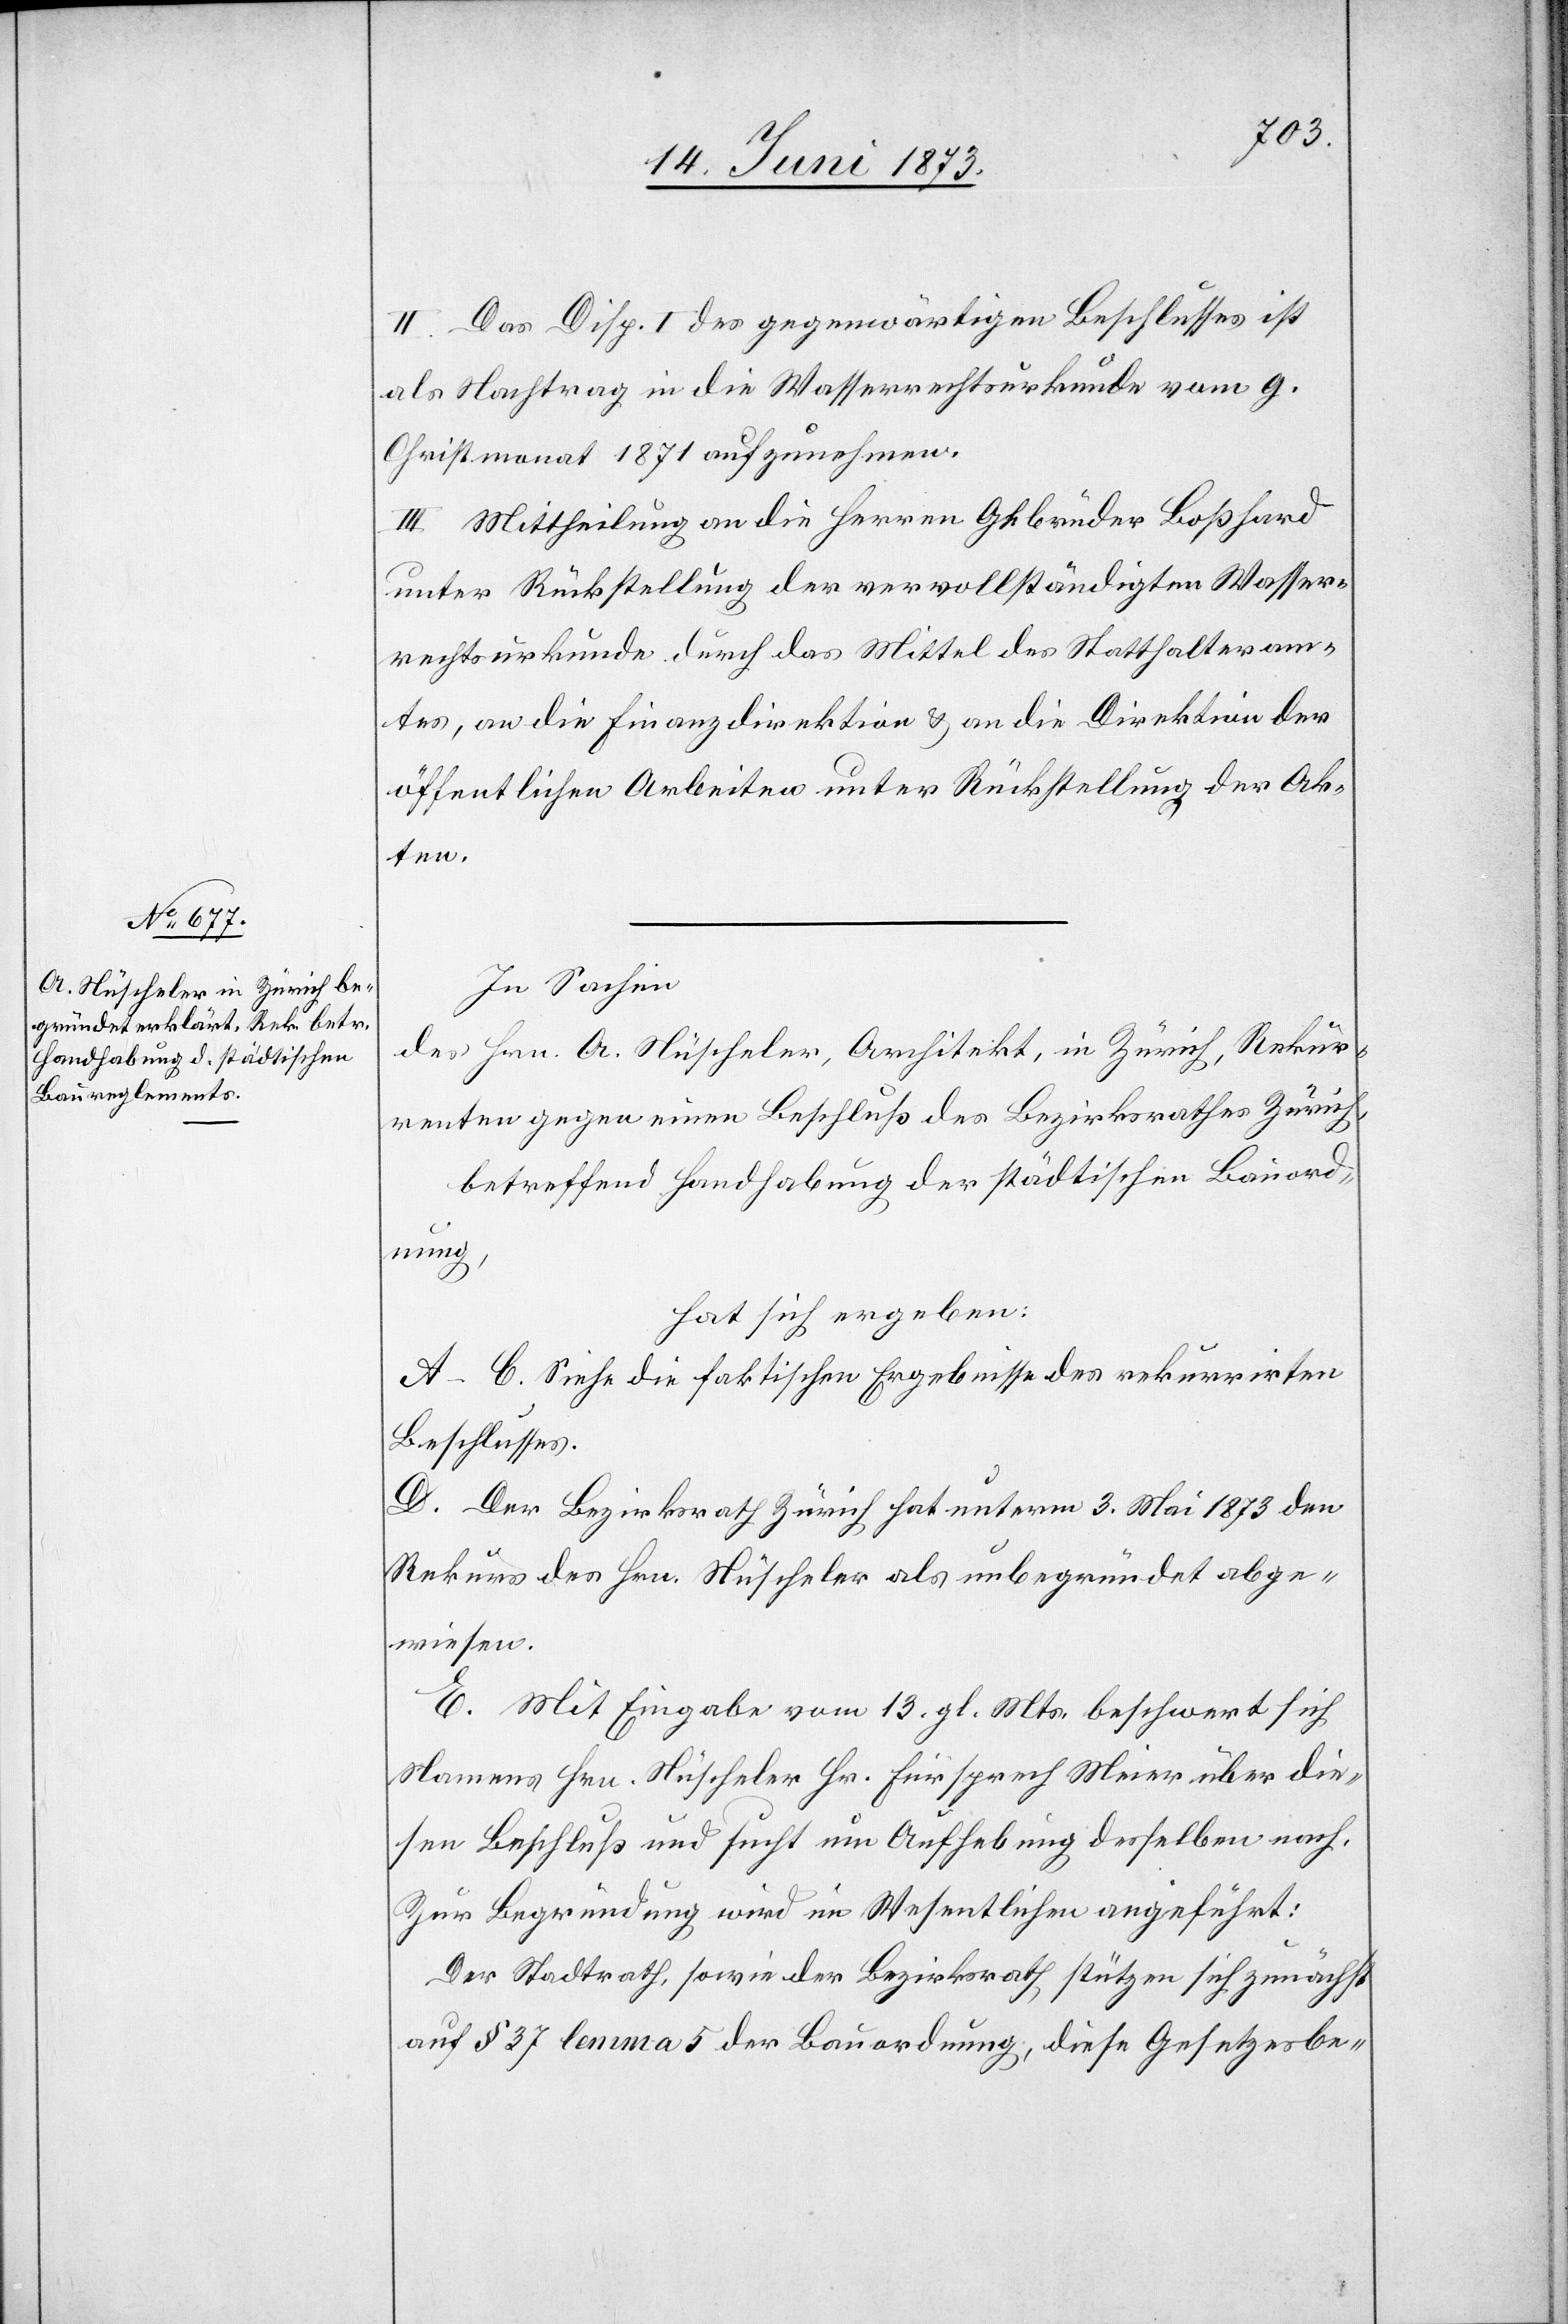
II. Das Disp. I des gegenwärtigen Beschlusses ist
als Nachtrag in die Wasserrechtsurkunde vom 9.
Christmonat 1871 aufzunehmen.
III. Mittheilung an die Herren Gebrüder Boßhard
unter Rückstellung der vervollständigten Wasser¬
rechtsurkunde durch das Mittel des Statthalteram¬
tes, an die Finanzdirektion & an die Direktion der
öffentlichen Arbeiten unter Rückstellung der Ak¬
ten.
In Sachen
des Hrn. A. Nüscheler, Architekt, in Zürich, Rekur¬
renten gegen einen Beschluß des Bezirksrathes Zürich,
betreffend Handhabung der städtischen Bauord¬
nung,
hat sich ergeben:
A–C. Siehe die faktischen Ergebnisse des rekurrirten
Beschlusses.
D. Der Bezirksrath Zürich hat unterm 3. Mai 1873 den
Rekurs des Hr. Nüscheler als unbegründet abge¬
wiesen.
E. Mit Eingabe vom 13. gl. Mts. beschwert sich
Namens Hrn. Nüscheler Hr. Fürsprech Meier über die¬
sen Beschluß und sucht um Aufhebung desselben nach.
Zur Begründung wird im Wesentlichen angeführt:
Der Stadtrath, sowie der Bezirksrath, stützen sich zunächst
auf § 37 lemma 5 der Bauordnung, diese Gesetzesbe-